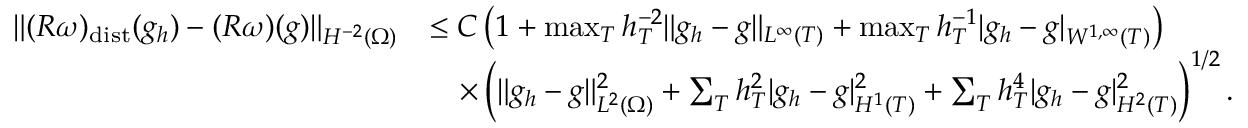
\begin{array} { r l } { \| ( R \omega ) _ { \mathrm { d i s t } } ( g _ { h } ) - ( R \omega ) ( g ) \| _ { H ^ { - 2 } ( \Omega ) } } & { \le C \left( 1 + \operatorname* { m a x } _ { T } h _ { T } ^ { - 2 } \| g _ { h } - g \| _ { L ^ { \infty } ( T ) } + \operatorname* { m a x } _ { T } h _ { T } ^ { - 1 } | g _ { h } - g | _ { W ^ { 1 , \infty } ( T ) } \right) } \\ & { \quad \times \left( \| g _ { h } - g \| _ { L ^ { 2 } ( \Omega ) } ^ { 2 } + \sum _ { T } h _ { T } ^ { 2 } | g _ { h } - g | _ { H ^ { 1 } ( T ) } ^ { 2 } + \sum _ { T } h _ { T } ^ { 4 } | g _ { h } - g | _ { H ^ { 2 } ( T ) } ^ { 2 } \right) ^ { 1 / 2 } . } \end{array}